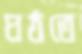
ঘঠতে